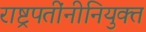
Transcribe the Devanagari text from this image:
राष्ट्रपतींनीनियुक्त